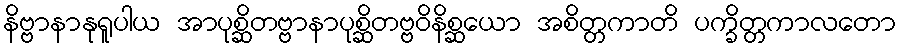
နိဗ္ဗာနာနုရူပါယ အာပုစ္ဆိတဗ္ဗာနာပုစ္ဆိတဗ္ဗဝိနိစ္ဆယော အစိတ္တကာတိ ပက္ခိတ္တကာလတော